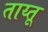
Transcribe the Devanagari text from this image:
ताय्तू